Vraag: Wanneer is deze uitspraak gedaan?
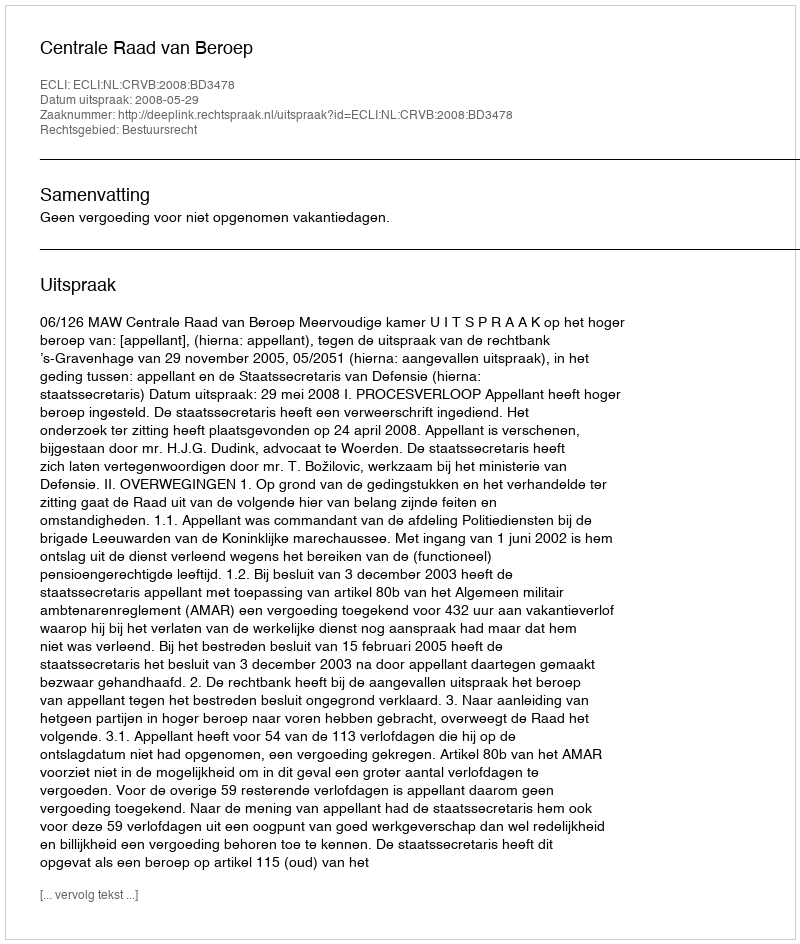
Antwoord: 2008-05-29